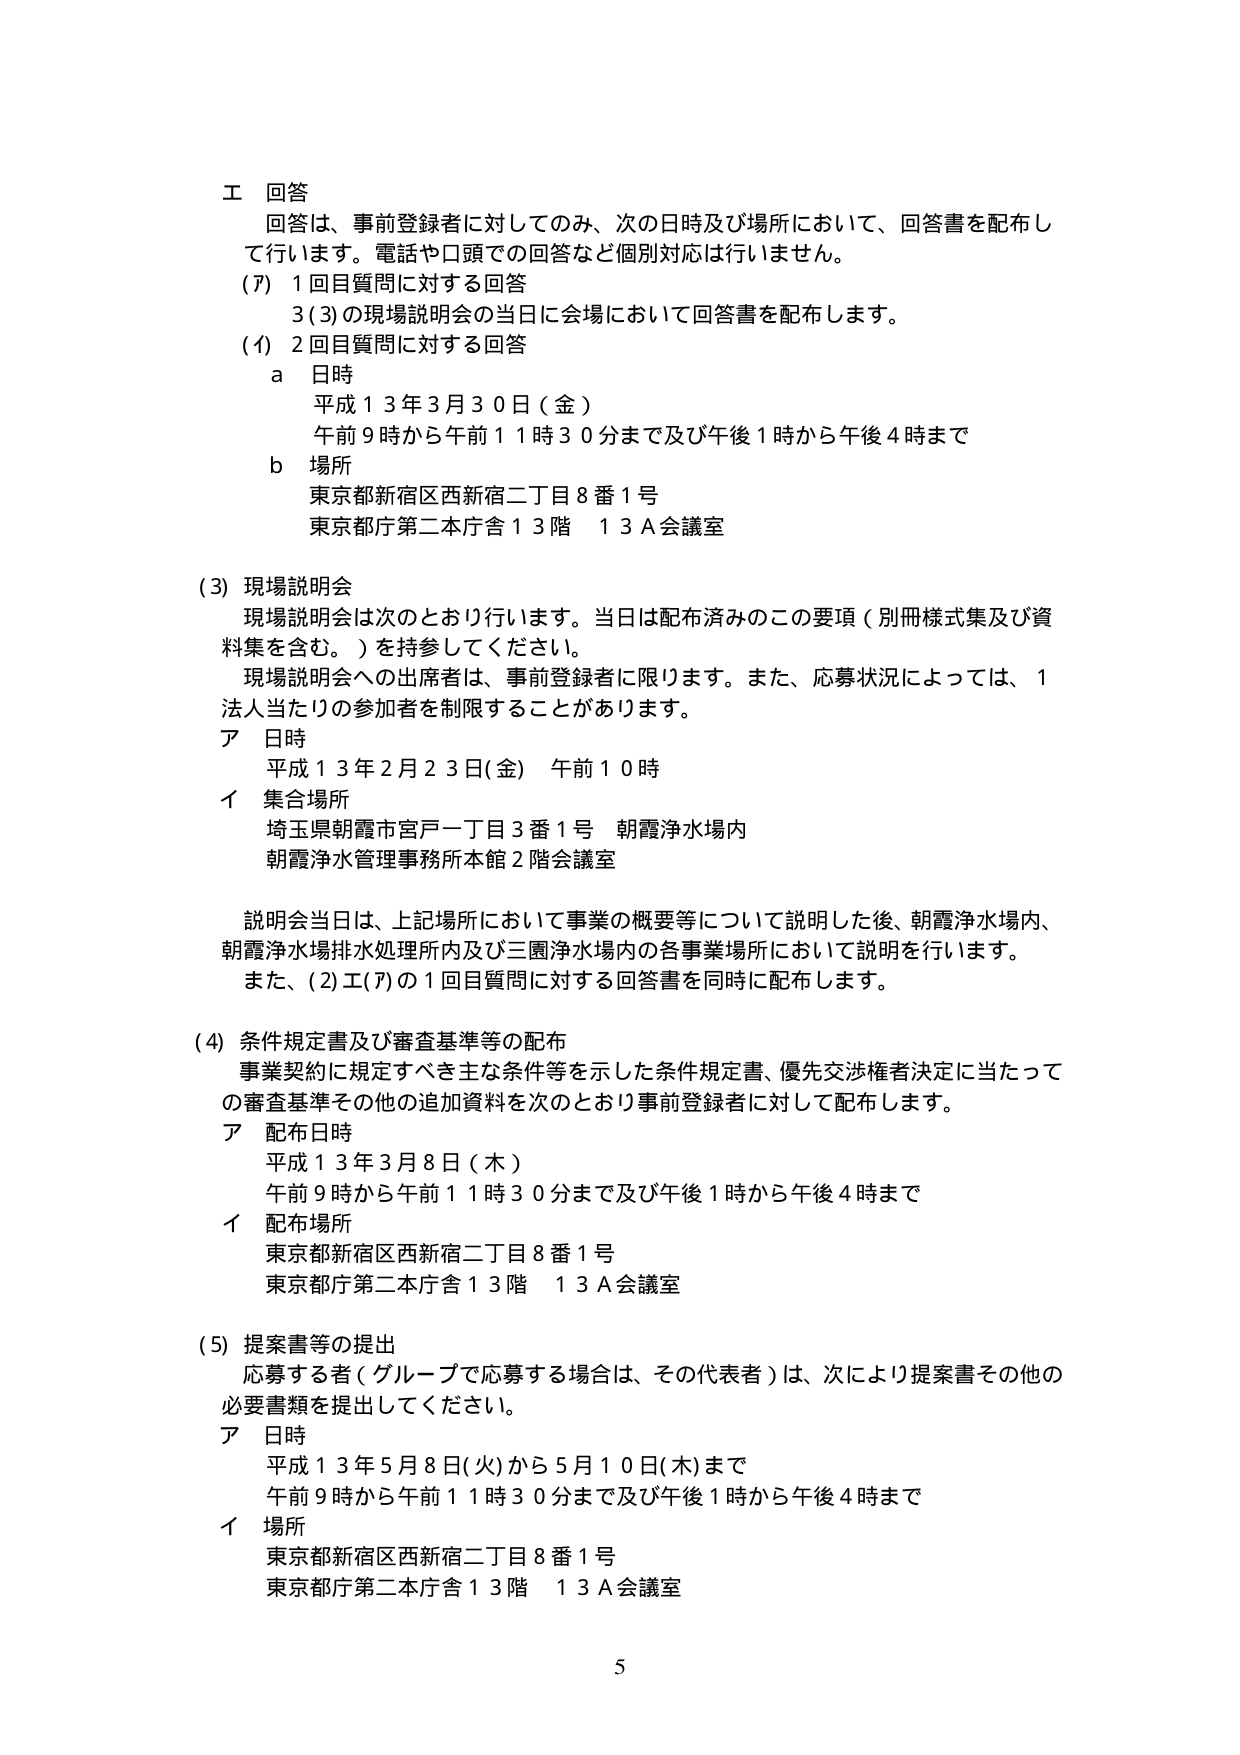
工 回答
回答は、事前登録者に対してのみ、次の日時及び場所において、回答書を配布して行います。電話や口頭での回答など個別対応は行いません。
(ｱ) 1回目質問に対する回答
　　3(3)の現場説明会の当日に会場において回答書を配布します。
(ｲ) 2回目質問に対する回答
　　a 日時
　　　平成13年3月30日(金)
　　　午前9時から午前11時30分まで及び午後1時から午後4時まで
　　b 場所
　　　東京都新宿区西新宿二丁目8番1号
　　　東京都庁第二本庁舎13階 13A会議室

(3) 現場説明会
　　現場説明会は次のとおり行います。当日は配布済みのこの要項（別冊様式集及び資料集を含む。）を持参してください。
　　現場説明会への出席者は、事前登録者に限ります。また、応募状況によっては、1法人当たりの参加者を制限することがあります。
　　ア 日時
　　　平成13年2月23日(金) 午前10時
　　イ 集合場所
　　　埼玉県朝霞市宮戸一丁目3番1号 朝霞浄水場内
　　　朝霞浄水管理事務所本館2階会議室

　　説明会当日は、上記場所において事業の概要等について説明した後、朝霞浄水場内、朝霞浄水場排水処理所内及び三園浄水場内の各事業場所において説明を行います。
　　また、(2)工(ｱ)の1回目質問に対する回答書を同時に配布します。

(4) 条件規定書及び審査基準等の配布
　　事業契約に規定すべき主な条件等を示した条件規定書、優先交渉権者決定に当たっての審査基準その他の追加資料を次のとおり事前登録者に対して配布します。
　　ア 配布日時
　　　平成13年3月8日(木)
　　　午前9時から午前11時30分まで及び午後1時から午後4時まで
　　イ 配布場所
　　　東京都新宿区西新宿二丁目8番1号
　　　東京都庁第二本庁舎13階 13A会議室

(5) 提案書等の提出
　　応募する者（グループで応募する場合は、その代表者）は、次により提案書その他の必要書類を提出してください。
　　ア 日時
　　　平成13年5月8日(火)から5月10日(木)まで
　　　午前9時から午前11時30分まで及び午後1時から午後4時まで
　　イ 場所
　　　東京都新宿区西新宿二丁目8番1号
　　　東京都庁第二本庁舎13階 13A会議室

5